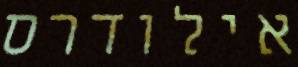
אילודרס